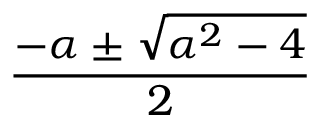
\frac { - \alpha \pm { \sqrt { \alpha ^ { 2 } - 4 } } } { 2 }